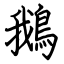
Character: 鵝